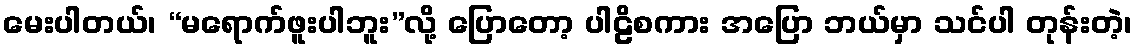
မေးပါတယ်၊ “မရောက်ဖူးပါဘူး”လို့ ပြောတော့ ပါဠိစကား အပြော ဘယ်မှာ သင်ပါ တုန်းတဲ့၊